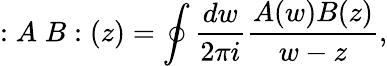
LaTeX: :A\; B:(z)=\oint{\frac{dw}{2\pi i}}{\frac{A(w)B(z)}{w-z}},